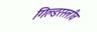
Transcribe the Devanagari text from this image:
गिल्डरस्लीव